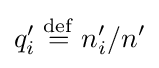
q_{i}'\;{\stackrel {\mathrm {def} }{=}}\;n_{i}'/n'